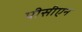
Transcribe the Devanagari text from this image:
पीसीएन